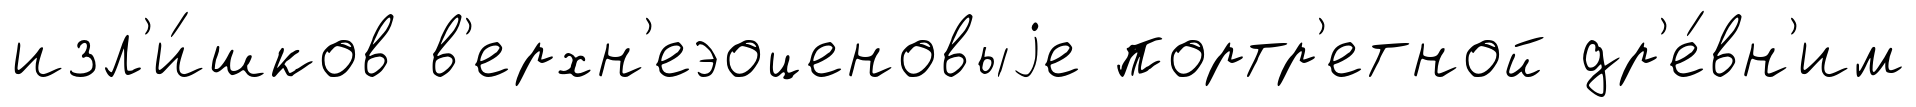
изл'и́шков в'ерхн'еэоценовыjе портр'етной др'е́вн'им